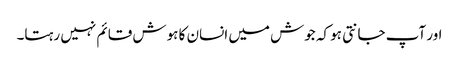
اور آپ جانتی ہو کہ جوش میں انسان کا ہوش قائم نہیں رہتا۔